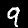
Digit: 9